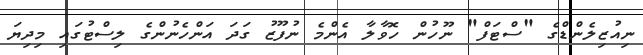
ނިއުޒިލެންޑްގެ "ސްޓަފް" ނޫހުން ހޮވާލާ އެންމެ ނުފޫޒު ގަދަ އަންހެނުންގެ ލިސްޓުގައި މިދިޔަ